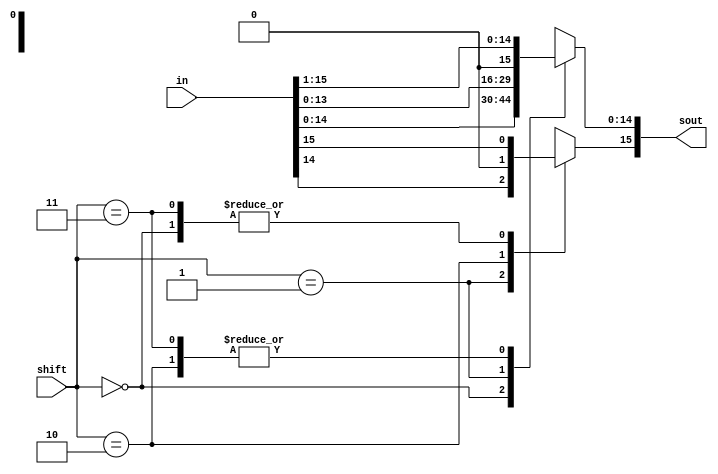
module shifter(in, shift, sout);
	input [15:0] in;
	input [1:0] shift;
	output reg [15:0] sout;
	
	always@(*) begin
		case(shift)
			2'b00: sout = in;
			2'b01: sout = in << 1;
			2'b10: sout = in >> 1;
			2'b11: begin
				sout = in >> 1;
				sout[15] = in[15];
			end
			default: sout = in;
		endcase
	end
endmodule